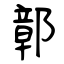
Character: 鄣